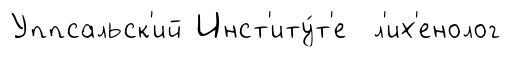
Уппсальск'ий Инст'иту́т'е л'их'енолог